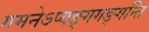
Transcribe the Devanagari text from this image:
गमनेऽप्यङ्गगङ्गन्ति